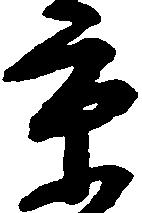
京